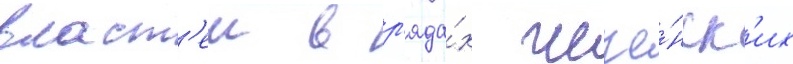
власт'еи в р'яда́х чече́нск'их